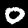
Label: 0